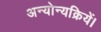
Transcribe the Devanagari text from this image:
अन्योन्यक्रियें।